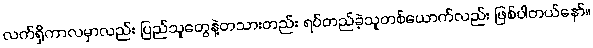
လက်ရှိကာလမှာလည်း ပြည်သူတွေနဲ့တသားတည်း ရပ်တည်ခဲ့သူတစ်ယောက်လည်း ဖြစ်ပါတယ်နော်။